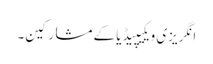
انگریزی ویکیپیڈیا کے مشارکین۔